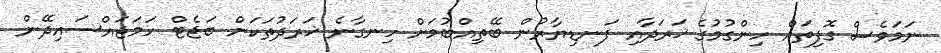
ނަމަވެސް ގޮފިތައް ހިންގުމުގެ ޚަރަދާއި ފަނޑިޔާރުން ބޭތިއްބުމަށް ހިނގާނެ ޚަރަދުތަކަށް ބަޖެޓް ހަމަޖައްސައިދޭން